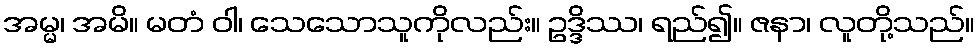
အမ္မ၊ အမိ။ မတံ ဝါ၊ သေသောသူကိုလည်း။ ဥဒ္ဒိဿ၊ ရည်၍။ ဇနာ၊ လူတို့သည်။